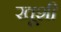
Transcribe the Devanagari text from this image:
खूशी